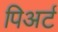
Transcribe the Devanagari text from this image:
पिअर्ट